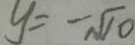
y = - \sqrt { 1 0 }